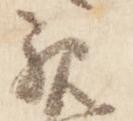
親